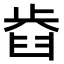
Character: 𣦋